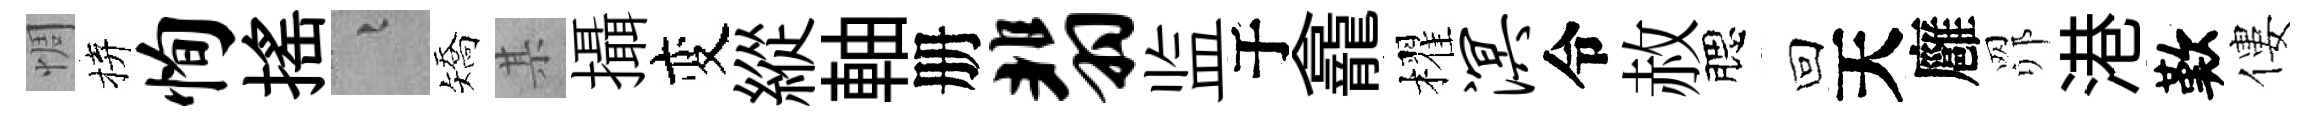
惆拚恂搖融矯某攝变縱軸册翡监于龕櫂溟令赦腮回天廱𦊑港歎僂